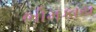
ભીમકાય